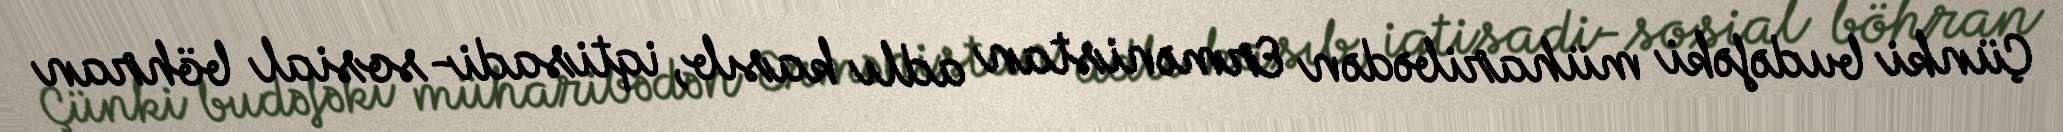
Çünki budəfəki müharibədən Ermənistan adlı kasıb, iqtisadi-sosial böhran